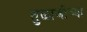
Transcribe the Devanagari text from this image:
तुळाजीच्या